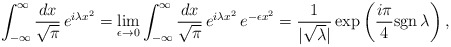
\begin{align*}\int_{-\infty}^\infty \frac{dx}{\sqrt{\pi}} \, e^{i\lambda x^2} =\lim_{\epsilon \rightarrow 0}\int_{-\infty}^\infty \frac{dx}{\sqrt{\pi}} \, e^{i\lambda x^2} \,e^{-\epsilon x^2} =\frac{1}{|\sqrt{\lambda}|} \exp \left( \frac{i\pi}{4} \mbox{sgn} \, \lambda\right),\end{align*}